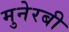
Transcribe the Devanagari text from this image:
मुनेरबी